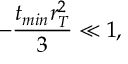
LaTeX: - { \frac { t _ { m i n } r _ { T } ^ { 2 } } { 3 } } \ll 1 ,